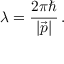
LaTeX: \lambda = \frac { 2 \pi \hbar } { | \vec { p } | } \, .